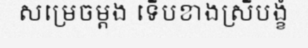
សម្រេចម្តង ទើបខាងស្រីបង្ខំ